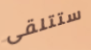
ستتلقى